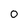
Character: 0